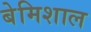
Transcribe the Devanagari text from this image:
बेमिशाल